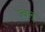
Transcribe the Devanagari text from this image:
ज्वल्